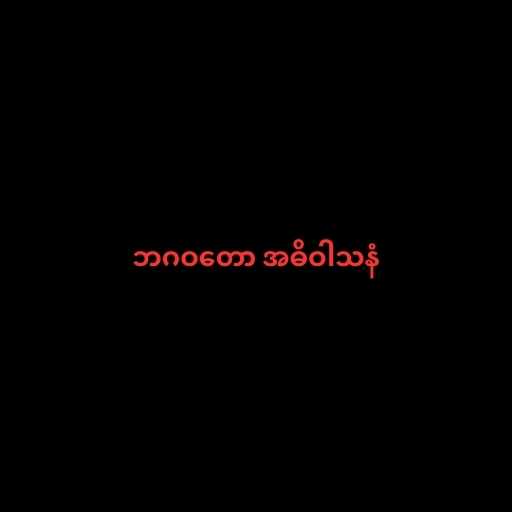
ဘဂဝတော အဓိဝါသနံ